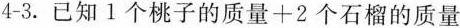
4-3.已知1个桃子的质量+2个石榴的质量